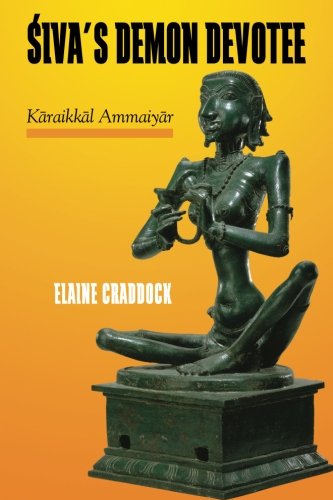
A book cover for Siva's Demon Devotee: Karaikkal Ammaiyar; Elaine Craddock; Religion & Spirituality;